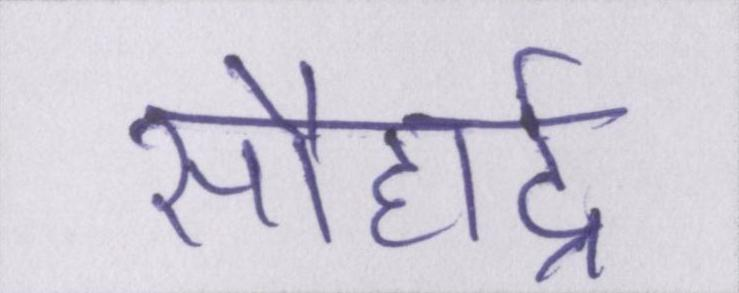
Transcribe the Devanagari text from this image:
सौहार्द्र